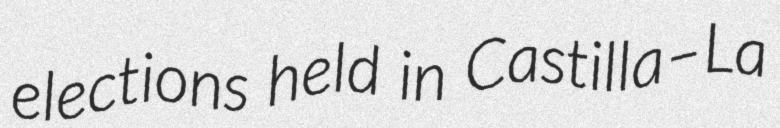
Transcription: elections held in Castilla–La